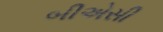
બીએસી